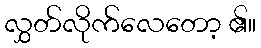
လွှတ်လိုက်လေတော့ ၏။